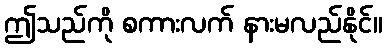
ဤသည်ကို စကားလက် နားမလည်နိုင်။